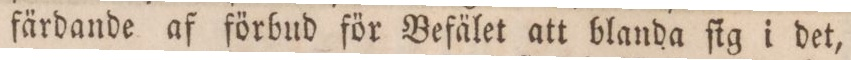
färdande af förbud för Befälet att blanda ſig i det,